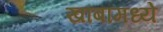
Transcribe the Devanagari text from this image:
खांबांमध्ये